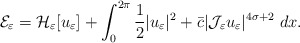
\begin{align*} \mathcal{E}_\varepsilon=\mathcal{H}_{\varepsilon}[u_{\varepsilon}] +\int_{0}^{2\pi}\frac{1}{2}|u_{\varepsilon}|^{2} + \bar{c}|\mathcal{J}_{\varepsilon}u_{\varepsilon}|^{4\sigma+2}\ dx.\end{align*}